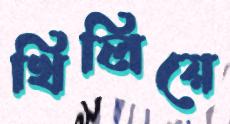
খিলিয়ে